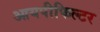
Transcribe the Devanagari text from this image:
आयपीफिल्टर